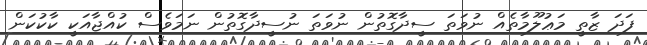
ފަދަ ޒާތީ މަޢުލޫމާތެއް ނުވަތަ ސީދާގޮތުން ނުވަތަ ނުސީދާގޮތުން ނަމަވެސް ކުއްޖާއަކީ ކާކުކަން